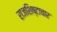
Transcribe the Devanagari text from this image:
राजशिष्टाचार